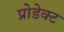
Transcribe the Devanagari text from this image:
प्रोडेक्ट